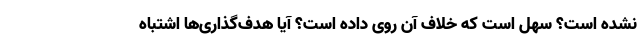
نشده است؟ سهل است که خلاف آن روی داده است؟ آیا هدف‌گذاری‌ها اشتباه